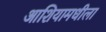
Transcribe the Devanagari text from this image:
आशियामधीला